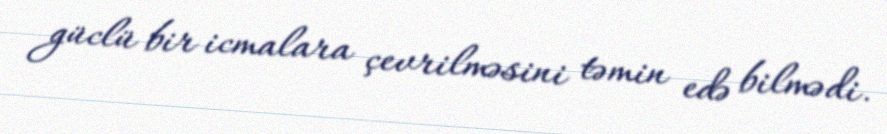
güclü bir icmalara çevrilməsini təmin edə bilmədi.